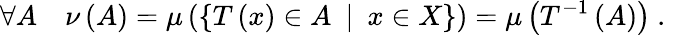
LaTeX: \forall A\quad\nu\left(A\right)=\mu\left(\left\{ T\left(x\right)\in A\enspace\middle|\enspace x\in X\right\} \right)=\mu\left(T^{-1}\left(A\right)\right)\mathrm{~.~}